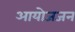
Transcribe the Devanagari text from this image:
आयोजजन